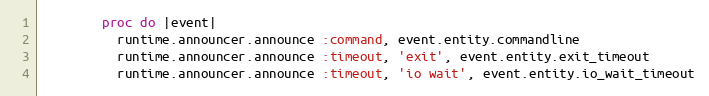
Language: Ruby
        proc do |event|
          runtime.announcer.announce :command, event.entity.commandline
          runtime.announcer.announce :timeout, 'exit', event.entity.exit_timeout
          runtime.announcer.announce :timeout, 'io wait', event.entity.io_wait_timeout